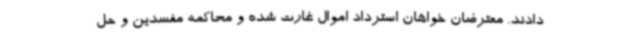
دادند. معترضان خواهان استرداد اموال غارت شده و محاکمه مفسدین و حل